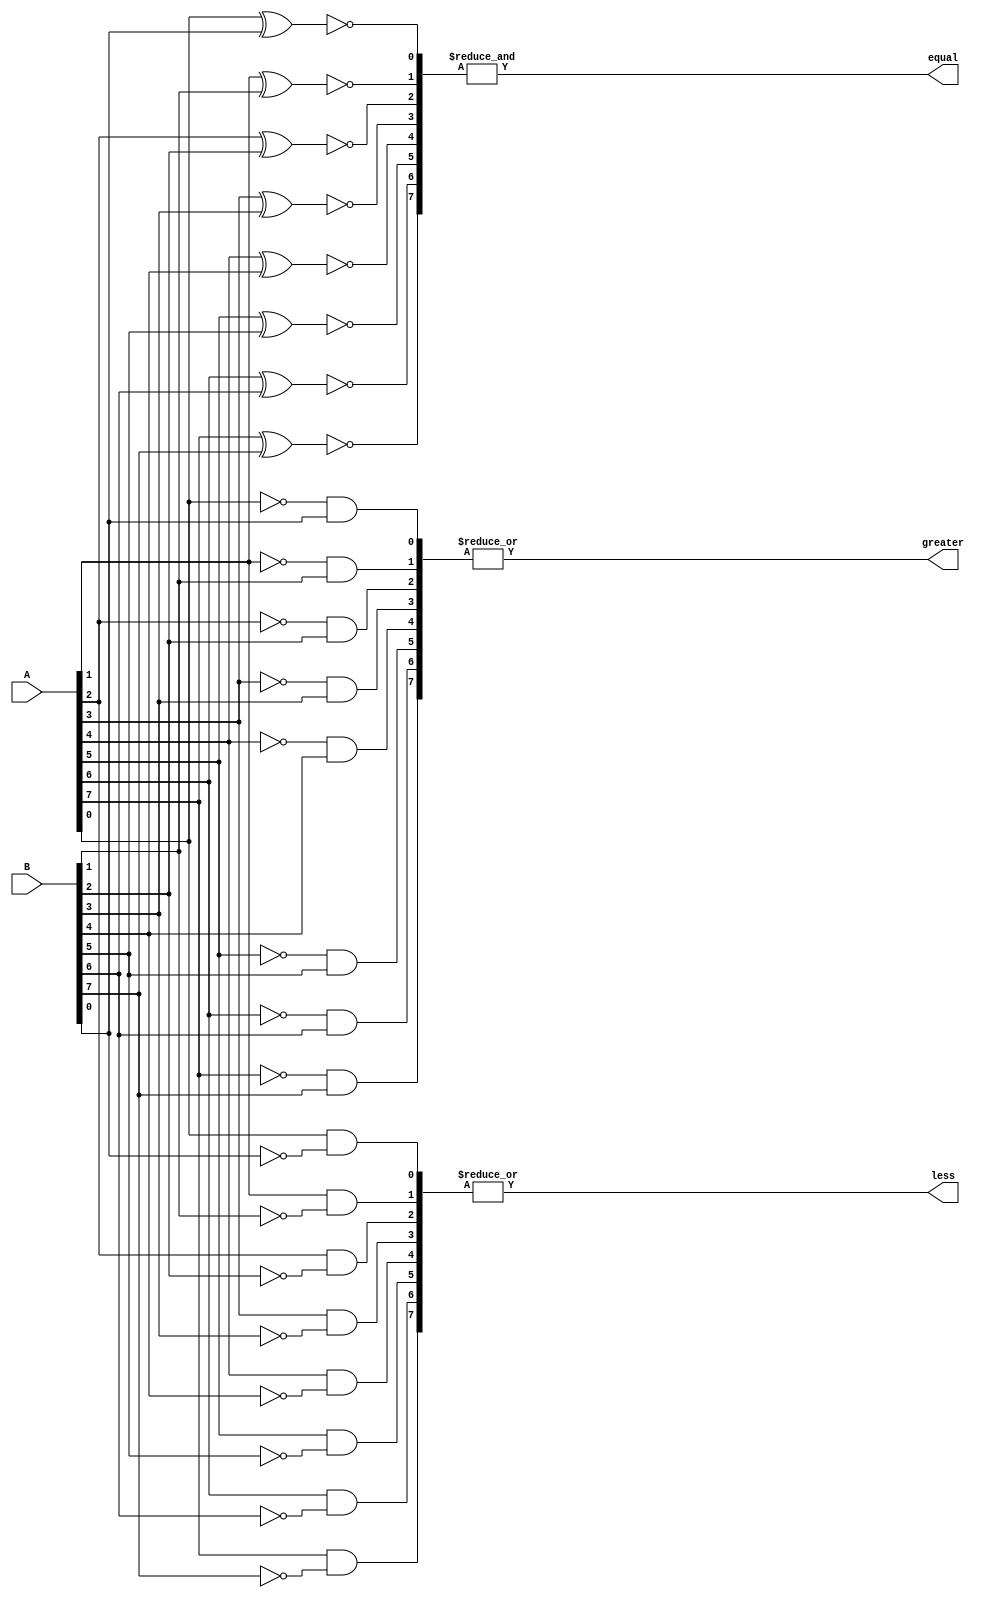
module parallel_comparator (
    input [7:0] A,
    input [7:0] B,
    output equal,
    output greater,
    output less
);

wire [7:0] equal_stage;
wire [7:0] greater_stage;
wire [7:0] less_stage;

// Comparing each bit in parallel
genvar i;
generate
    for (i = 0; i < 8; i = i + 1) begin : compare_stages
        // Comparing each bit
        assign equal_stage[i] = ~(A[i] ^ B[i]);
        assign greater_stage[i] = ((~A[i]) & B[i]);
        assign less_stage[i] = (A[i] & ~B[i]);
    end
endgenerate

// Combining the outputs of each stage
assign equal = &equal_stage;
assign greater = |greater_stage;
assign less = |less_stage;

endmodule